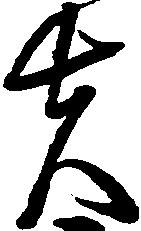
夫